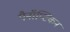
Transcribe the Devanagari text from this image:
पैनॉप्टिकन